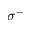
\sigma ^ { - }